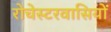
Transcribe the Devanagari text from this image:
रोचेस्टरवासियों